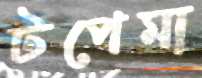
টপেমা